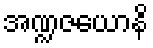
အဏ္ဍဇယောနိ